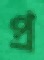
প্র